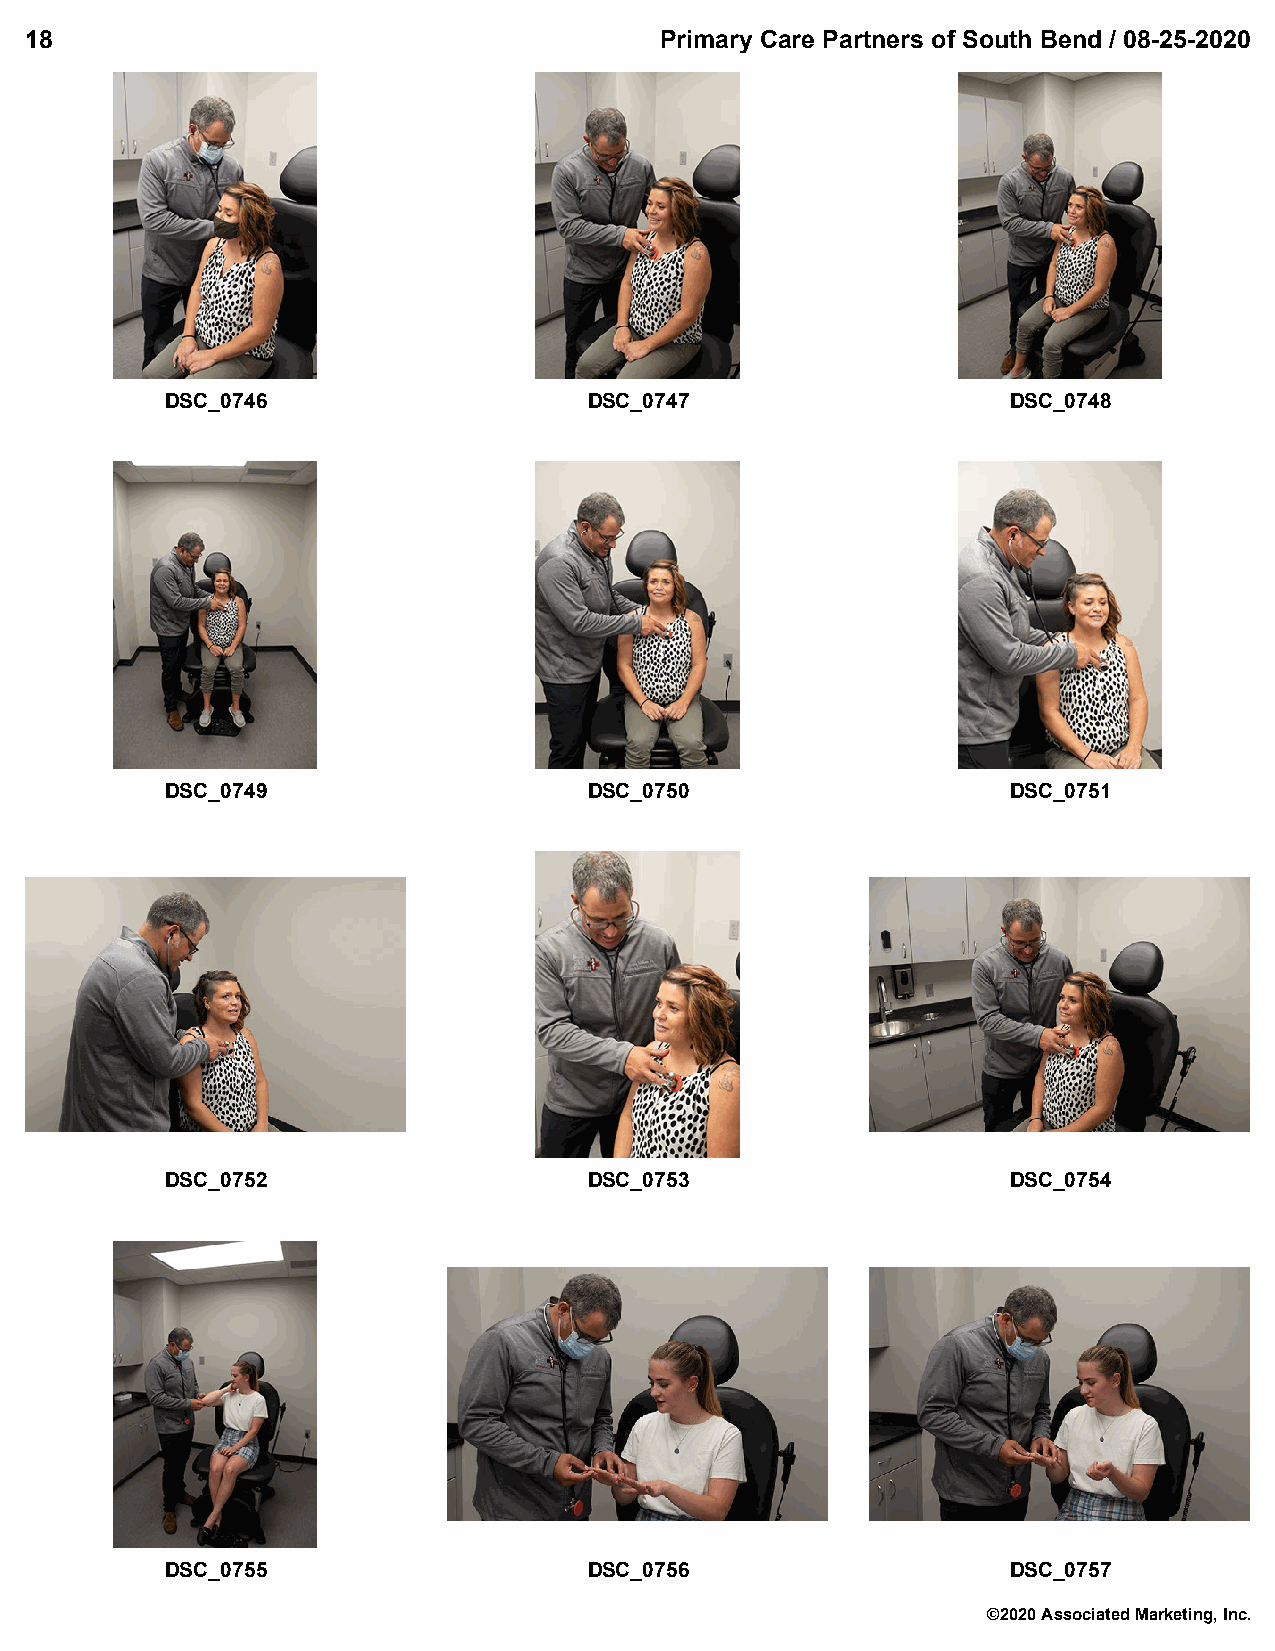
18                                        Primary Care Partners of South Bend / 08-25-2020
 DSC_0746                    DSC_0747                    DSC_0748
 DSC_0749                    DSC_0750                    DSC_0751
 DSC_0752                    DSC_0753                    DSC_0754
 DSC_0755                    DSC_0756                    DSC_0757
 ©2020 Associated Marketing, Inc.